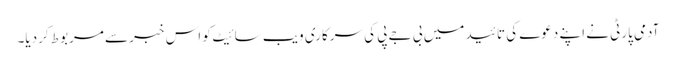
آدمی پارٹی نے اپنے دعوے کی تائید میں بی جے پی کی سرکاری ویب سائیٹ کو اس خبر سے مربوط کردیا۔